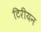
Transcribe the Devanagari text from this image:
टिरीयन